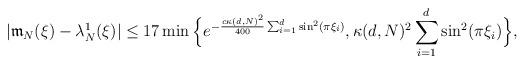
LaTeX: \begin{align*} |\mathfrak m_N(\xi)-\lambda_N^1(\xi)| \le 17\min\Big\{e^{-\frac{c\kappa(d, N)^2}{400}\sum_{i=1}^d\sin^2(\pi\xi_i)}, \kappa(d, N)^2\sum_{i=1}^d\sin^2(\pi\xi_i)\Big\},\end{align*}